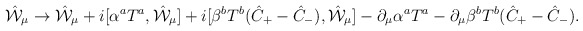
\begin{align*}\hat{\cal W}_{\mu} \to \hat{\cal W}_{\mu}+ i [\alpha^a T^a, \hat{\cal W}_{\mu}]+ i [\beta^b T^b (\hat{C}_+ - \hat{C}_-), \hat{\cal W}_{\mu}]- \partial_{\mu}\alpha^a T^a- \partial_{\mu}\beta^b T^b (\hat{C}_+ - \hat{C}_-).\end{align*}